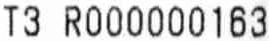
T3 R000000163